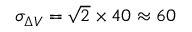
\sigma _ { \Delta V } = \sqrt 2 \times 4 0 \approx 6 0